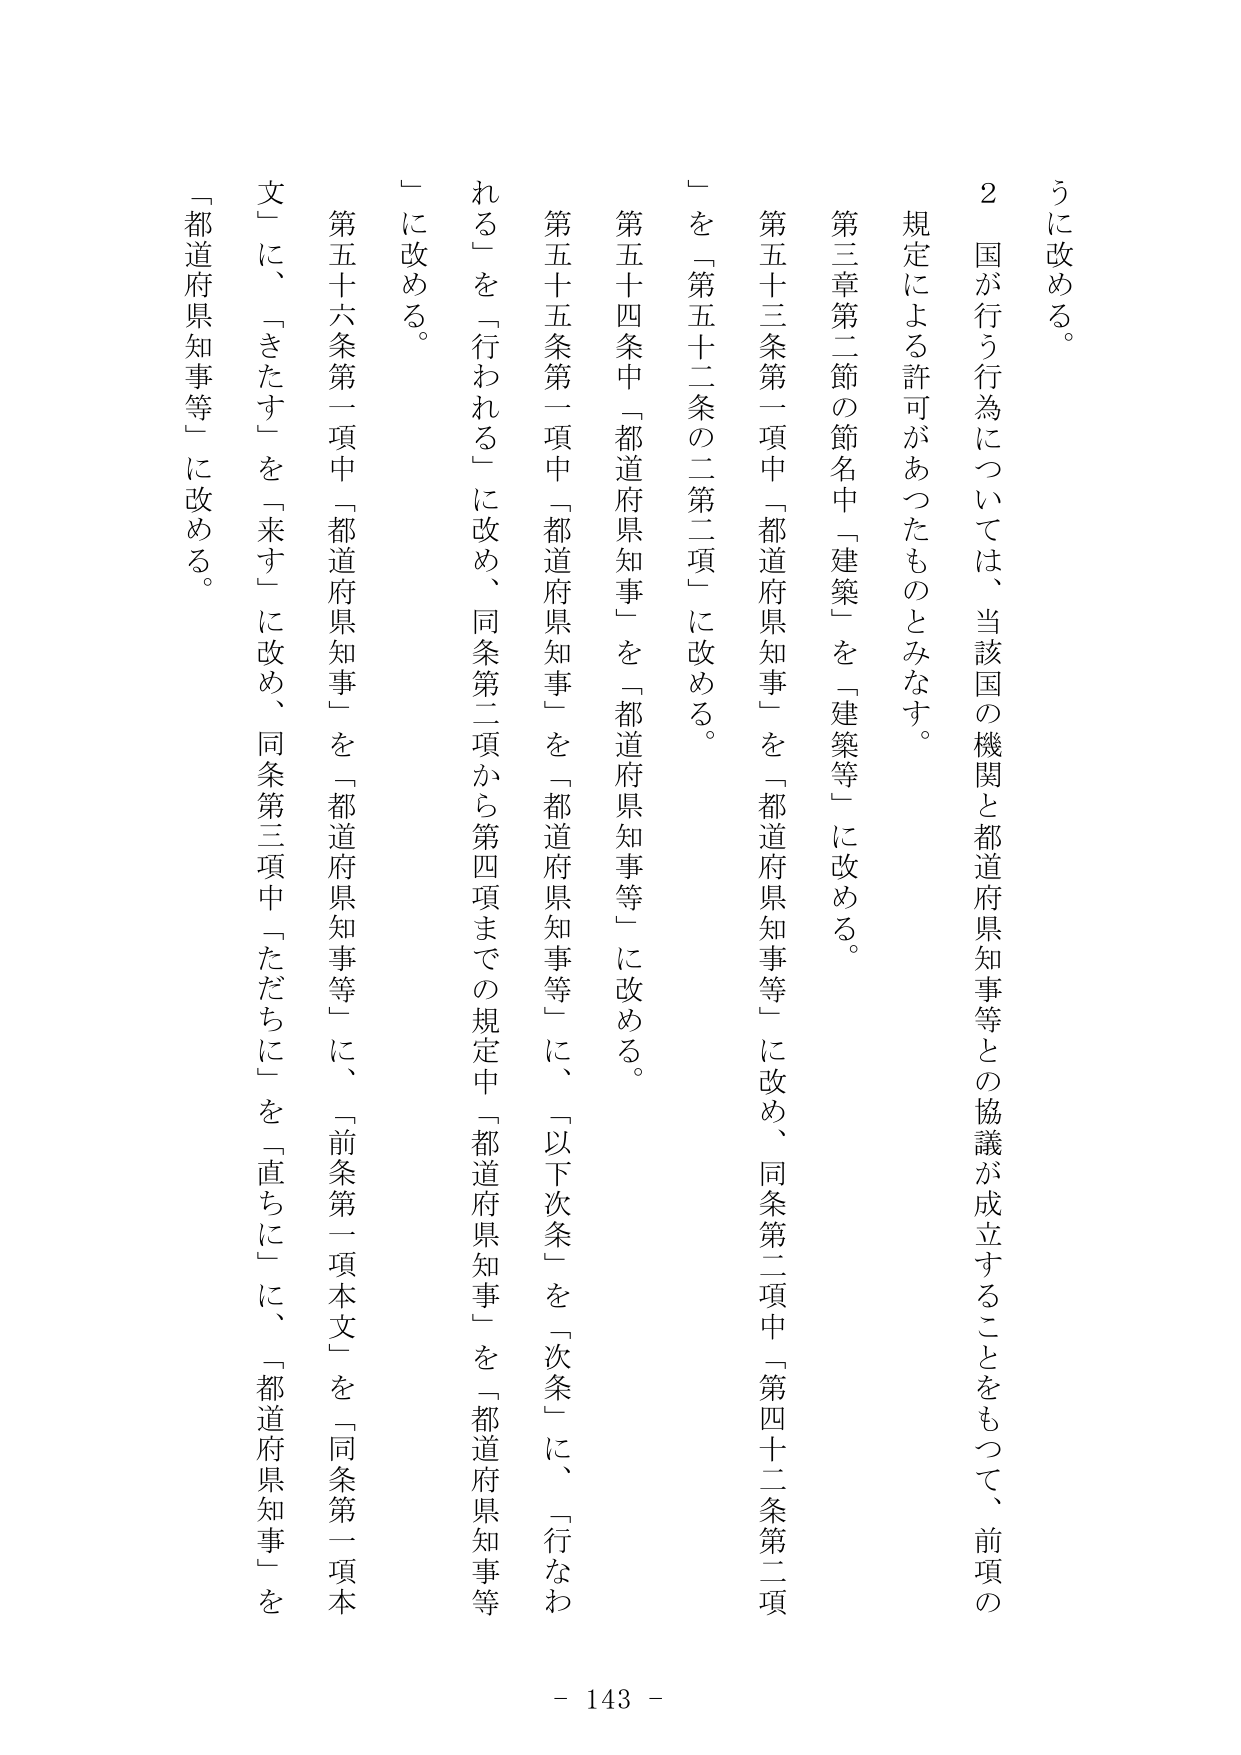
うに改める。

２ 国が行う行為については、当該国の機関と都道府県知事等との協議が成立することをもって、前項の規定による許可があったものとみなす。

第三章第二節の節名中「建築」を「建築等」に改める。

第五十三条第一項中「都道府県知事」を「都道府県知事等」に改め、同条第二項中「第四十二条第二項」を「第五十二条の二第二項」に改める。

第五十四条中「都道府県知事」を「都道府県知事等」に改める。

第五十五条第一項中「都道府県知事」を「都道府県知事等」に、「以下次条」を「次条」に、「行なわれる」を「行われる」に改め、同条第二項から第四項までの規定中「都道府県知事」を「都道府県知事等」に改める。

第五十六条第一項中「都道府県知事」を「都道府県知事等」に、「前条第一項本文」を「同条第一項本文」に、「きたす」を「来す」に改め、同条第三項中「ただちに」を「直ちに」に、「都道府県知事」を「都道府県知事等」に改める。

- 143 -